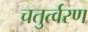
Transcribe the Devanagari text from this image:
चतुर्त्वरण